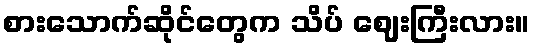
စားသောက်ဆိုင်တွေက သိပ် ဈေးကြီးလား။